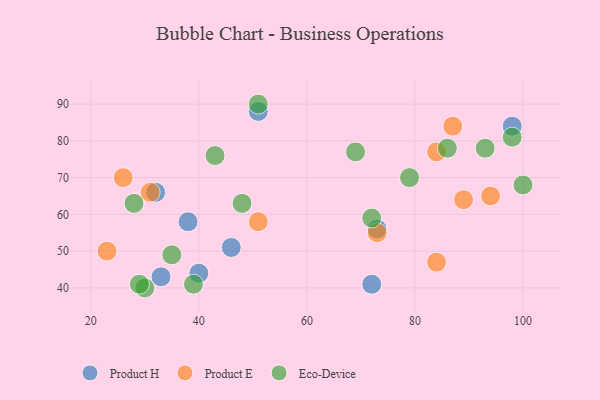
{"axis": {"x": "GDP", "y": "Life Expectancy"}, "legend": ["Eco-Device", "Product E", "Product H"], "data": [{"x": "46", "y": 51, "type": "Product H"}, {"x": "98", "y": 84, "type": "Product H"}, {"x": "32", "y": 66, "type": "Product H"}, {"x": "51", "y": 88, "type": "Product H"}, {"x": "33", "y": 43, "type": "Product H"}, {"x": "40", "y": 44, "type": "Product H"}, {"x": "72", "y": 41, "type": "Product H"}, {"x": "73", "y": 56, "type": "Product H"}, {"x": "38", "y": 58, "type": "Product H"}, {"x": "84", "y": 77, "type": "Product E"}, {"x": "87", "y": 84, "type": "Product E"}, {"x": "73", "y": 55, "type": "Product E"}, {"x": "84", "y": 47, "type": "Product E"}, {"x": "94", "y": 65, "type": "Product E"}, {"x": "51", "y": 58, "type": "Product E"}, {"x": "89", "y": 64, "type": "Product E"}, {"x": "31", "y": 66, "type": "Product E"}, {"x": "23", "y": 50, "type": "Product E"}, {"x": "26", "y": 70, "type": "Product E"}, {"x": "43", "y": 76, "type": "Eco-Device"}, {"x": "69", "y": 77, "type": "Eco-Device"}, {"x": "98", "y": 81, "type": "Eco-Device"}, {"x": "30", "y": 40, "type": "Eco-Device"}, {"x": "39", "y": 41, "type": "Eco-Device"}, {"x": "48", "y": 63, "type": "Eco-Device"}, {"x": "79", "y": 70, "type": "Eco-Device"}, {"x": "86", "y": 78, "type": "Eco-Device"}, {"x": "51", "y": 90, "type": "Eco-Device"}, {"x": "72", "y": 59, "type": "Eco-Device"}, {"x": "35", "y": 49, "type": "Eco-Device"}, {"x": "28", "y": 63, "type": "Eco-Device"}, {"x": "29", "y": 41, "type": "Eco-Device"}, {"x": "93", "y": 78, "type": "Eco-Device"}, {"x": "100", "y": 68, "type": "Eco-Device"}]}